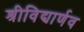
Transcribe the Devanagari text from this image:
श्रीविद्यार्णव